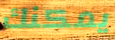
يمكنك